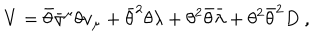
V = \bar { \theta } \bar { \sigma } ^ { \mu } \theta v _ { \mu } + \bar { \theta } ^ { 2 } \theta \lambda + \theta ^ { 2 } \bar { \theta } \bar { \lambda } + \theta ^ { 2 } \bar { \theta } ^ { 2 } D ~ ,